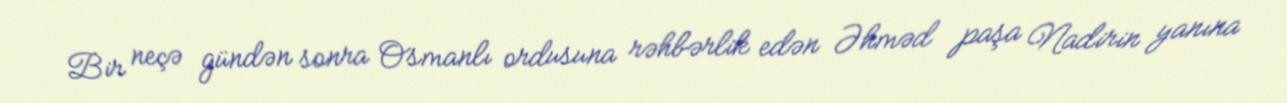
Bir neçə gündən sonra Osmanlı ordusuna rəhbərlik edən Əhməd paşa Nadirin yanına